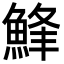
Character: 𩷭